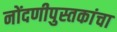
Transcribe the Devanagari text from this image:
नोंदणीपुस्तकांचा